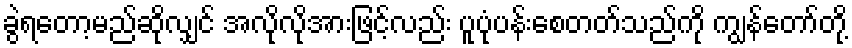
ခွဲရတော့မည်ဆိုလျှင် အလိုလိုအားဖြင့်လည်း ပူပုံပန်းစေတတ်သည်ကို ကျွန်တော်တို့